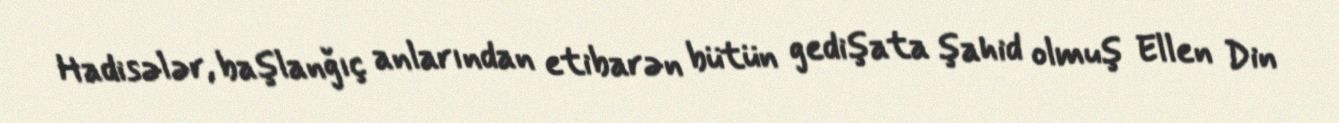
Hadisələr, başlanğıç anlarından etibarən bütün gedişata şahid olmuş Ellen Din